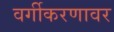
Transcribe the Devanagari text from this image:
वर्गीकरणावर